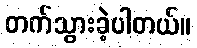
တက်သွားခဲ့ပါတယ်။